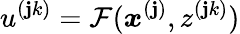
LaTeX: u^{(\mathbf{j}k)}=\mathcal{{F}}(\boldsymbol{x}^{(\mathbf{j})},z^{(\mathbf{j}k)})